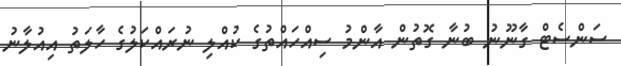
ސަންސެޓް ގާނޫނު ބުނާ ގޮތުން އާންމު ސިއްހައްތުގެ ކުއްލި ނުރައްކަލުގެ ހާލަތު އިއުލާނު